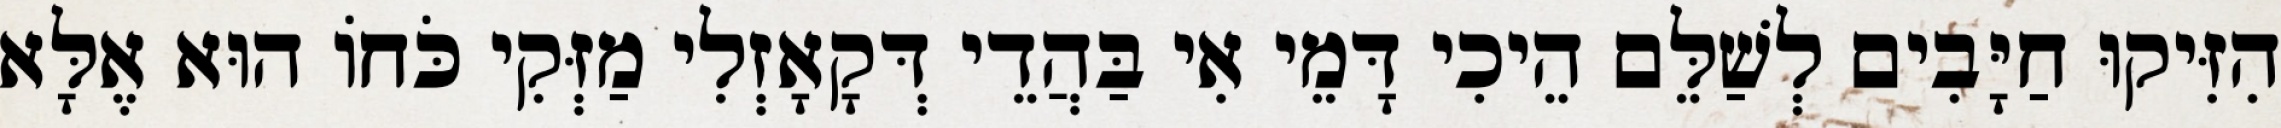
הִזִּיקוּ חַיָּבִים לְשַׁלֵּם הֵיכִי דָּמֵי אִי בַּהֲדֵי דְּקָאָזְלִי מַזְּקִי כֹּחוֹ הוּא אֶלָּא